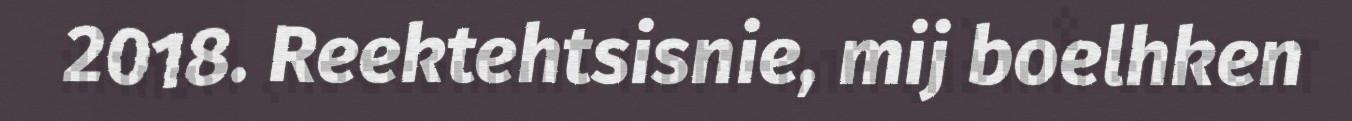
2018. Reektehtsisnie, mij boelhken